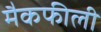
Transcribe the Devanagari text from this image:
मैकफीली